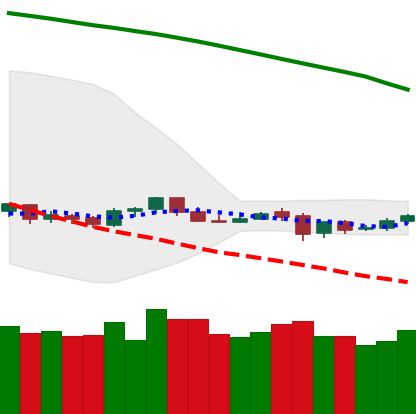
Ticker: NEO-USD
Chart end date: 2019-10-21
Forward return: 21.968%
Label: up_7plus